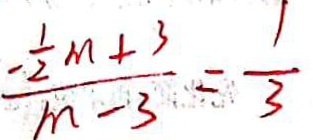
\frac { - \frac { 1 } { 2 } m + 3 } { m - 3 } = \frac { 1 } { 3 }